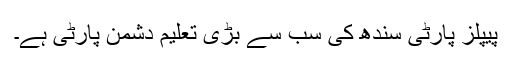
پیپلز پارٹی سندھ کی سب سے بڑی تعلیم دشمن پارٹی ہے۔